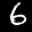
Label: 6